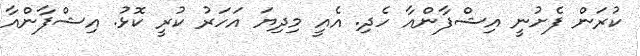
ކުރަން ފެށުނީ އިޝްފާންއާ ހެދި. އެއީ މިދިޔަ އަހަރު ކުރީ ކޮޅު. އިޝްފާންއާ